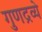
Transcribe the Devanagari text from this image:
गुणद्रव्ये